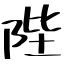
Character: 陛